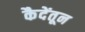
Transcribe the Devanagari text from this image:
कैदेंतून